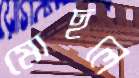
মোছলে